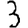
Digit: 3